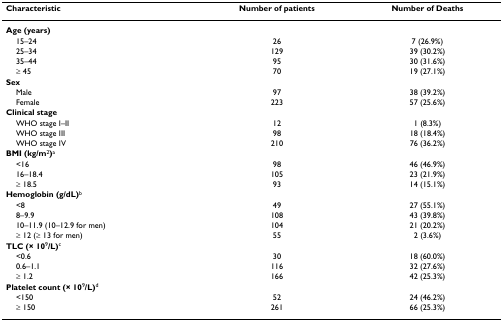
| Characteristic | Number of patients | Number of Deaths |
 | --- | --- | --- |
 | Age (years) |  |  |
 | 15–24 | 26 | 7 (26.9%) |
 | 25–34 | 129 | 39 (30.2%) |
 | 35–44 | 95 | 30 (31.6%) |
 | ≥ 45 | 70 | 19 (27.1%) |
 | Sex |  |  |
 | Male | 97 | 38 (39.2%) |
 | Female | 223 | 57 (25.6%) |
 | Clinical stage |  |  |
 | WHO stage I–II | 12 | 1 (8.3%) |
 | WHO stage III | 98 | 18 (18.4%) |
 | WHO stage IV | 210 | 76 (36.2%) |
 | BMI (kg/m2)a |  |  |
 | <16 | 98 | 46 (46.9%) |
 | 16–18.4 | 105 | 23 (21.9%) |
 | ≥ 18.5 | 93 | 14 (15.1%) |
 | Hemoglobin (g/dL)b |  |  |
 | <8 | 49 | 27 (55.1%) |
 | 8–9.9 | 108 | 43 (39.8%) |
 | 10–11.9 (10–12.9 for men) | 104 | 21 (20.2%) |
 | ≥ 12 (≥ 13 for men) | 55 | 2 (3.6%) |
 | TLC (× 109/L)c |  |  |
 | <0.6 | 30 | 18 (60.0%) |
 | 0.6–1.1 | 116 | 32 (27.6%) |
 | ≥ 1.2 | 166 | 42 (25.3%) |
 | Platelet count (× 109/L)d |  |  |
 | <150 | 52 | 24 (46.2%) |
 | ≥ 150 | 261 | 66 (25.3%) |